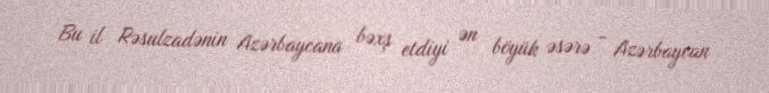
Bu il Rəsulzadənin Azərbaycana bəxş etdiyi ən böyük əsərə - Azərbaycan